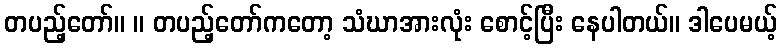
တပည့်တော်။ ။ တပည့်တော်ကတော့ သံဃာအားလုံး စောင့်ပြီး နေပါတယ်။ ဒါပေမယ့်